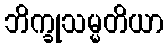
ဘိက္ခုသမ္မတိယာ